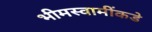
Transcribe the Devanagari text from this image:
भीमस्वामींकडे